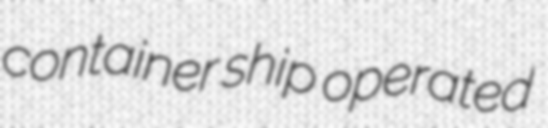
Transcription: container ship operated